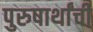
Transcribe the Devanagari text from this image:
पुरुषार्थांची